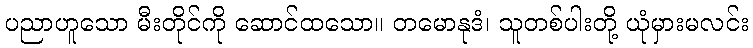
ပညာဟူသော မီးတိုင်ကို ဆောင်ထသော။ တမောနုဒံ၊ သူတစ်ပါးတို့ ယုံမှားမလင်း